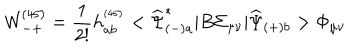
{ \mathsf W } _ { - + } ^ { ( 4 5 ) } = \frac { 1 } { 2 ! } h _ { a b } ^ { ^ { ( 4 5 ) } } < \widehat { \Psi } _ { ( - ) a } ^ { * } | B \Sigma _ { \mu \nu } | \widehat { \Psi } _ { ( + ) b } > \Phi _ { \mu \nu }